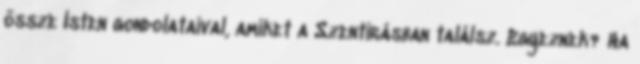
össze Isten gondolataival, amiket a Szentírásban találsz. Egyeznek? Ha